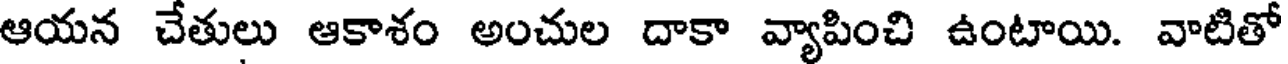
ఆయన చేతులు ఆకాశం అంచుల దాకా వ్యాపించి ఉంటాయి. వాటితో